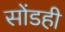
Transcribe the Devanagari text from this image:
सोंडही